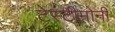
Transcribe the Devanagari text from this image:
टेस्टीमोनी